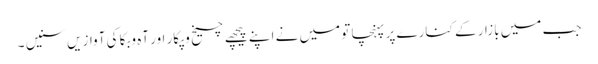
جب میں بازار کے کنارے پر پہنچا تو میں نے اپنے پیچھے چیخ وپکار اور آہ وبکا کی آوازیں سنیں ۔